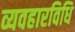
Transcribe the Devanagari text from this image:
व्यवहारविधि